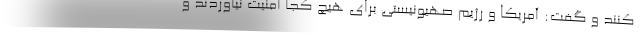
کنند و گفت: آمریکا و رژیم صهیونیستی برای هیچ کجا امنیت نیاوردند و